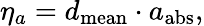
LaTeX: \eta_{a}=d_{\mathrm{mean}}\cdot a_{\mathrm{abs}},